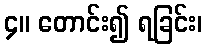
၄။ တောင်း၍ ရခြင်း၊